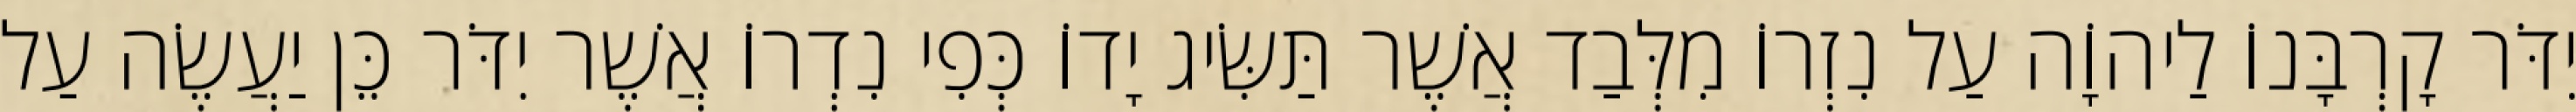
יִדֹּר קָרְבָּנוֹ לַיהוָֹה עַל נִזְרוֹ מִלְּבַד אֲשֶׁר תַּשִּׂיג יָדוֹ כְּפִי נִדְרוֹ אֲשֶׁר יִדֹּר כֵּן יַעֲשֶׂה עַל